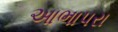
આભાપરા